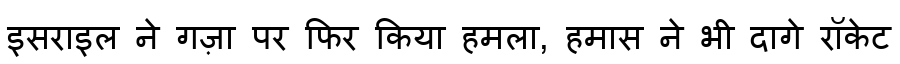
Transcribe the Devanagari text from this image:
इसराइल ने गज़ा पर फिर किया हमला, हमास ने भी दागे रॉकेट